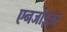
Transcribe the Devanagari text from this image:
एनर्जाइज़र